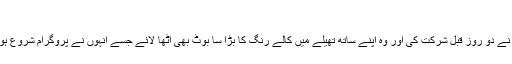
“
یاد رہے کہ نجی ٹی وی چینل کے پروگرام میں فیصل واوڈا نے دو روز قبل شرکت کی اور وہ اپنے ساتھ تھیلے میں کالے رنگ کا بڑا سا بوٹ بھی اٹھا لائے جسے انہوں نے پروگرام شروع ہونے پر ٹیبل پر رکھ دیا اور اپوزیشن پر تنقید شروع کر دی ۔